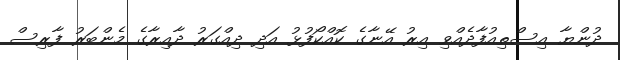
ދުންޔާ އިސްތިއުފާދެއްވި އިރު އޭނާގެ ކޮއްކޯފުޅު އަދި ދިއްގަރު ދާއިރާގެ މެންބަރު ފާރިސް